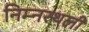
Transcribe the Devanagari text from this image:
निम्नस्थली